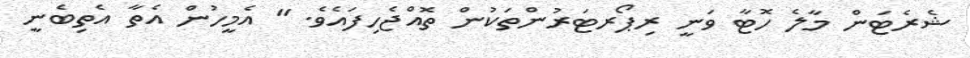
ޝެރެޓަން މާލެ ހޮޓާ ވަނީ ރިޕޯރޓަރުންތަކުން ތޮއްޖެހިފައެވެ. " އެމީހުން އެތާ އެތިބެނީ